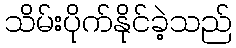
သိမ်းပိုက်နိုင်ခဲ့သည်